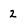
Character: 2